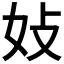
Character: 𪥩